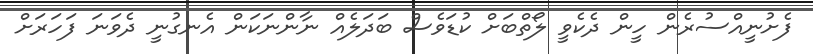
ފެށުނީއްސުރެން ހީން ދެކެވީ ލޯތްބަށް ކުޑަވެސް ބަދަލެއް ނާންނަކަން އެނގުނީ ދެވަނަ ފަހަރަށް